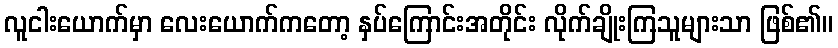
လူငါးယောက်မှာ လေးယောက်ကတော့ နှပ်ကြောင်းအတိုင်း လိုက်ချိုးကြသူများသာ ဖြစ်၏။